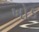
ખોડ